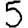
Digit: 5